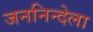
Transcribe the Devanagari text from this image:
जननिन्देला